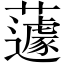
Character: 蘧